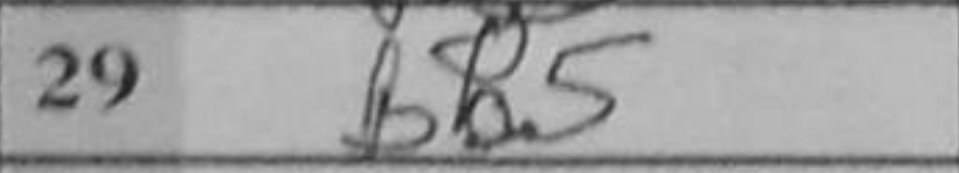
Transcription: Bb5